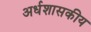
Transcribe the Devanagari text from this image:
अर्धशासकीय